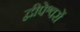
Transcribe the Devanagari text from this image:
द्वीपेश्वरों